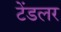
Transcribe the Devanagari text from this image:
टेंडलर